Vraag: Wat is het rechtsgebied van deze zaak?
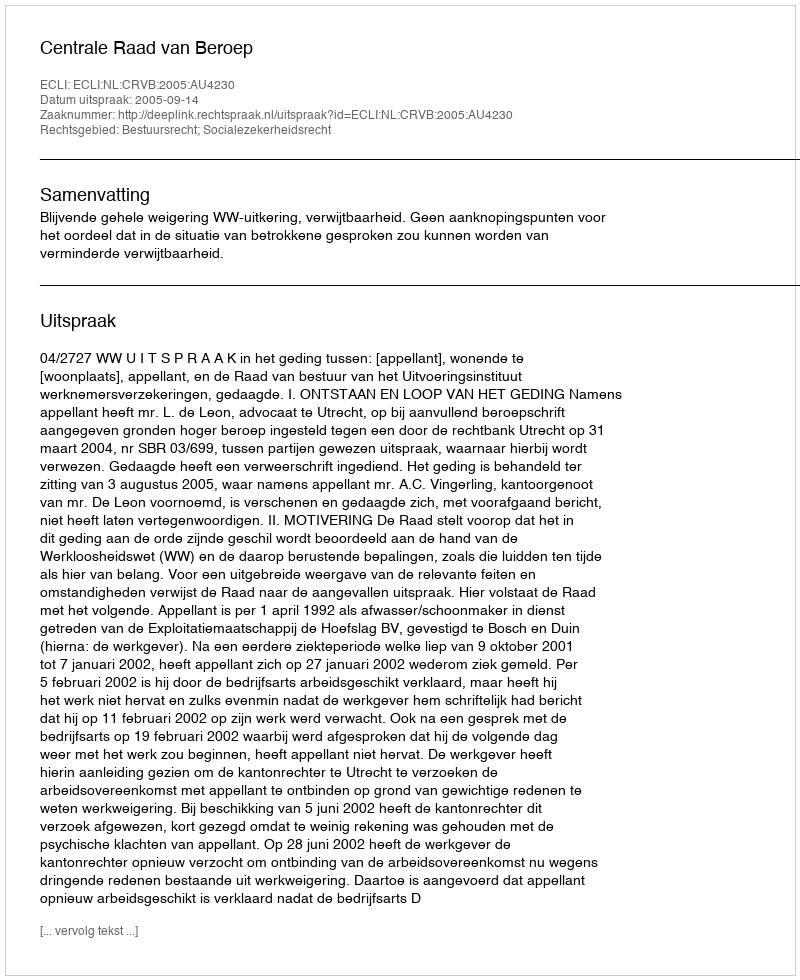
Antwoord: Bestuursrecht; Socialezekerheidsrecht